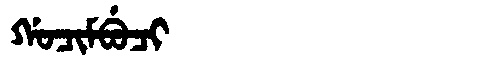
Manchu: ᡤᠣᠴᡳᠮᠪᡠᠴᡳ
Romanization: GOCIMBUCI